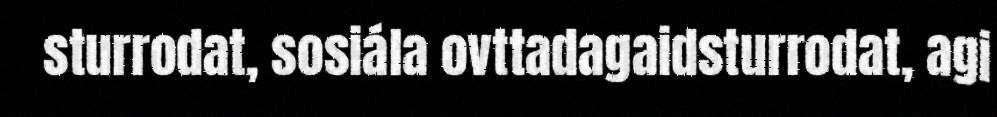
sturrodat, sosiála ovttadagaidsturrodat, agi